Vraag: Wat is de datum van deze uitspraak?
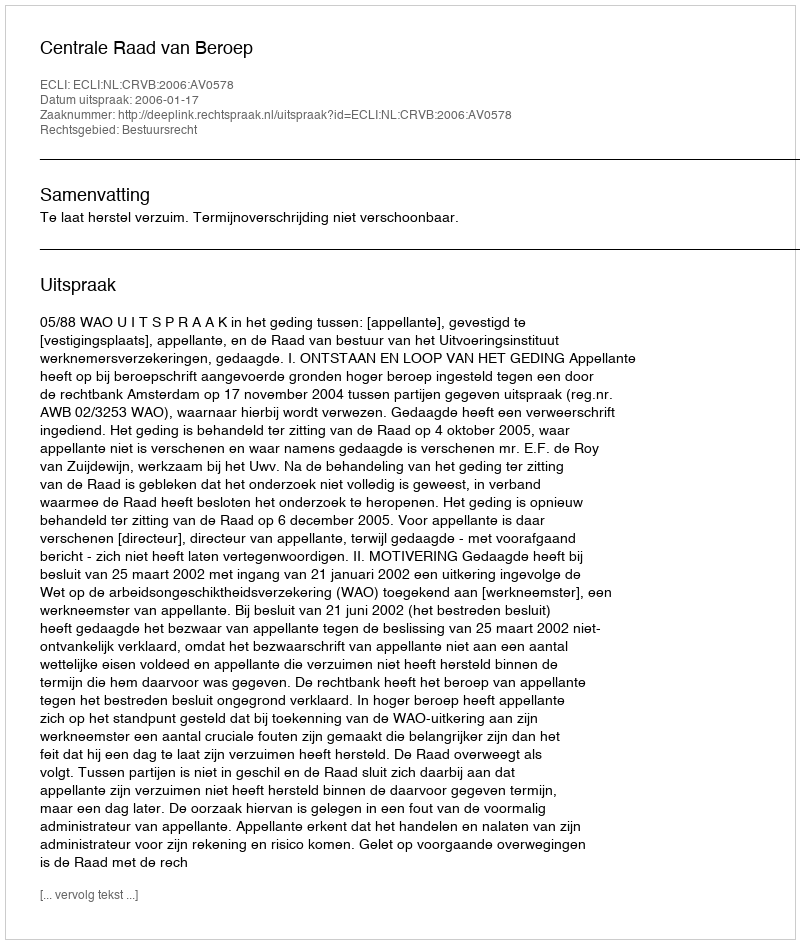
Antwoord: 2006-01-17